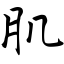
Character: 肌